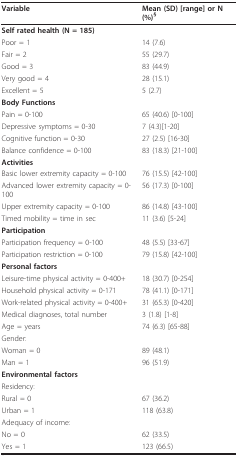
<table><thead><tr><td><b>Variable</b></td><td><b>Mean (SD) [range] or N (%)<sup>§</sup></b></td></tr></thead><tbody><tr><td><b>Self rated health (N = 185)</b></td><td></td></tr><tr><td>Poor = 1</td><td>14 (7.6)</td></tr><tr><td>Fair = 2</td><td>55 (29.7)</td></tr><tr><td>Good = 3</td><td>83 (44.9)</td></tr><tr><td>Very good = 4</td><td>28 (15.1)</td></tr><tr><td>Excellent = 5</td><td>5 (2.7)</td></tr><tr><td><b>Body Functions</b></td><td></td></tr><tr><td>Pain = 0-100</td><td>65 (40.6) [0-100]</td></tr><tr><td>Depressive symptoms = 0-30</td><td>7 (4.3)[1-20]</td></tr><tr><td>Cognitive function = 0-30</td><td>27 (2.5) [16-30]</td></tr><tr><td>Balance confidence = 0-100</td><td>83 (18.3) [21-100]</td></tr><tr><td><b>Activities</b></td><td></td></tr><tr><td>Basic lower extremity capacity = 0-100</td><td>76 (15.5) [42-100]</td></tr><tr><td>Advanced lower extremity capacity = 0-100</td><td>56 (17.3) [0-100]</td></tr><tr><td>Upper extremity capacity = 0-100</td><td>86 (14.8) [43-100]</td></tr><tr><td>Timed mobility = time in sec</td><td>11 (3.6) [5-24]</td></tr><tr><td><b>Participation</b></td><td></td></tr><tr><td>Participation frequency = 0-100</td><td>48 (5.5) [33-67]</td></tr><tr><td>Participation restriction = 0-100</td><td>79 (15.8) [42-100]</td></tr><tr><td><b>Personal factors</b></td><td></td></tr><tr><td>Leisure-time physical activity = 0-400+</td><td>18 (30.7) [0-254]</td></tr><tr><td>Household physical activity = 0-171</td><td>78 (41.1) [0-171]</td></tr><tr><td>Work-related physical activity = 0-400+</td><td>31 (65.3) [0-420]</td></tr><tr><td>Medical diagnoses, total number</td><td>3 (1.8) [1-8]</td></tr><tr><td>Age = years</td><td>74 (6.3) [65-88]</td></tr><tr><td>Gender:</td><td></td></tr><tr><td>Woman = 0</td><td>89 (48.1)</td></tr><tr><td>Man = 1</td><td>96 (51.9)</td></tr><tr><td><b>Environmental factors</b></td><td></td></tr><tr><td>Residency:</td><td></td></tr><tr><td>Rural = 0</td><td>67 (36.2)</td></tr><tr><td>Urban = 1</td><td>118 (63.8)</td></tr><tr><td>Adequacy of income:</td><td></td></tr><tr><td>No = 0</td><td>62 (33.5)</td></tr><tr><td>Yes = 1</td><td>123 (66.5)</td></tr></tbody></table>